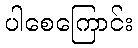
ပါစေကြောင်း